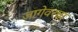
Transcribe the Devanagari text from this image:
जागेवरचा